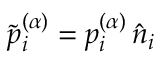
\tilde { p } _ { i } ^ { ( \alpha ) } = p _ { i } ^ { ( \alpha ) } \, \hat { n } _ { i }